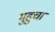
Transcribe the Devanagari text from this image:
मुहुचा